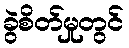
ခွဲစိတ်မှုတွင်